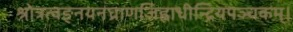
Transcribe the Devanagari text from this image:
श्रोत्रत्वङ्नयनघ्राणजिह्वाधीन्द्रियपञ्चकम्।